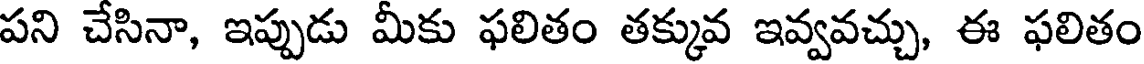
పని చేసినా, ఇప్పుడు మీకు ఫలితం తక్కువ ఇవ్వవచ్చు, ఈ ఫలితం